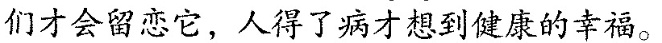
们才会留恋它，人得了病才想到健废的幸。